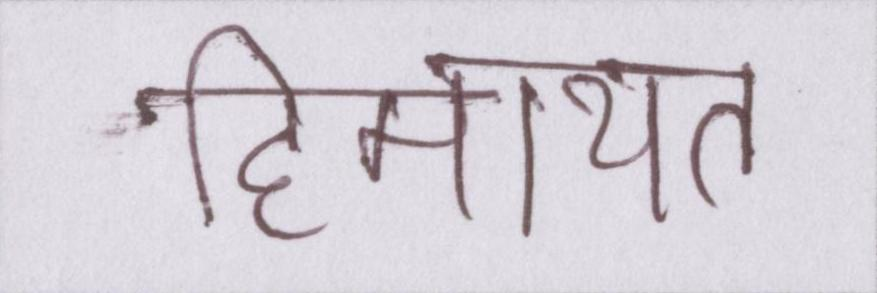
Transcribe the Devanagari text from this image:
हिमायत